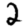
Digit: 2